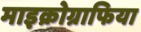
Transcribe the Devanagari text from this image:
माइक्रोग्राफिया